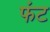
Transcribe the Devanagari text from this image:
फंट